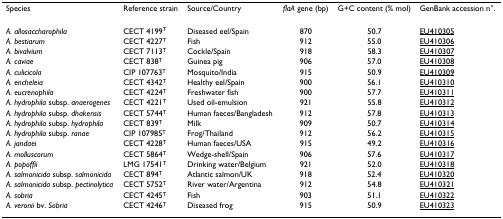
<table><thead><tr><td><b>Species</b></td><td><b>Reference strain</b></td><td><b>Source/Country</b></td><td><b><i>flaA </i>gene (bp)</b></td><td><b>G+C content (% mol)</b></td><td><b>GenBank accession n°.</b></td></tr></thead><tbody><tr><td><i>A. allosaccharophila</i></td><td>CECT 4199<sup>T</sup></td><td>Diseased eel/Spain</td><td>870</td><td>50.7</td><td>EU410305</td></tr><tr><td><i>A. bestiarum</i></td><td>CECT 4227<sup>T</sup></td><td>Fish</td><td>912</td><td>55.0</td><td>EU410306</td></tr><tr><td><i>A. bivalvium</i></td><td>CECT 7113<sup>T</sup></td><td>Cockle/Spain</td><td>918</td><td>58.3</td><td>EU410307</td></tr><tr><td><i>A. caviae</i></td><td>CECT 838<sup>T</sup></td><td>Guinea pig</td><td>906</td><td>57.0</td><td>EU410308</td></tr><tr><td><i>A. culicicola</i></td><td>CIP 107763<sup>T</sup></td><td>Mosquito/India</td><td>915</td><td>50.9</td><td>EU410309</td></tr><tr><td><i>A. encheleia</i></td><td>CECT 4342<sup>T</sup></td><td>Healthy eel/Spain</td><td>900</td><td>56.1</td><td>EU410310</td></tr><tr><td><i>A. eucrenophila</i></td><td>CECT 4224<sup>T</sup></td><td>Freshwater fish</td><td>900</td><td>57.7</td><td>EU410311</td></tr><tr><td><i>A. hydrophila </i>subsp. <i>anaerogenes</i></td><td>CECT 4221<sup>T</sup></td><td>Used oil-emulsion</td><td>921</td><td>55.8</td><td>EU410312</td></tr><tr><td><i>A. hydrophila </i>subsp. <i>dhakensis</i></td><td>CECT 5744<sup>T</sup></td><td>Human faeces/Bangladesh</td><td>912</td><td>57.8</td><td>EU410313</td></tr><tr><td><i>A. hydrophila </i>subsp. <i>hydrophila</i></td><td>CECT 839<sup>T</sup></td><td>Milk</td><td>909</td><td>50.7</td><td>EU410314</td></tr><tr><td><i>A. hydrophila </i>subsp. <i>ranae</i></td><td>CIP 107985<sup>T</sup></td><td>Frog/Thailand</td><td>912</td><td>56.2</td><td>EU410315</td></tr><tr><td><i>A. jandaei</i></td><td>CECT 4228<sup>T</sup></td><td>Human faeces/USA</td><td>915</td><td>49.2</td><td>EU410316</td></tr><tr><td><i>A. molluscorum</i></td><td>CECT 5864<sup>T</sup></td><td>Wedge-shell/Spain</td><td>906</td><td>57.6</td><td>EU410317</td></tr><tr><td><i>A. popoffii</i></td><td>LMG 17541<sup>T</sup></td><td>Drinking water/Belgium</td><td>921</td><td>52.0</td><td>EU410318</td></tr><tr><td><i>A. salmonicida </i>subsp. <i>salmonicida</i></td><td>CECT 894<sup>T</sup></td><td>Atlantic salmon/UK</td><td>918</td><td>52.4</td><td>EU410320</td></tr><tr><td><i>A. salmonicida </i>subsp. <i>pectinolytica</i></td><td>CECT 5752<sup>T</sup></td><td>River water/Argentina</td><td>912</td><td>54.8</td><td>EU410321</td></tr><tr><td><i>A. sobria</i></td><td>CECT 4245<sup>T</sup></td><td>Fish</td><td>903</td><td>51.1</td><td>EU410322</td></tr><tr><td><i>A. veronii </i>bv. <i>Sobria</i></td><td>CECT 4246<sup>T</sup></td><td>Diseased frog</td><td>915</td><td>50.9</td><td>EU410323</td></tr></tbody></table>